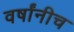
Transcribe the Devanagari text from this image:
वर्षांनीच